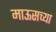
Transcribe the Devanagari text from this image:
माऊसच्या